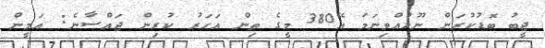
ޖީބު ބޮޑުކުރަން ނޫޅުއްވިނަމަ އޭ380 މީގެ ތިން އަހަރު ކުރިން ޖައްސާނެ: އަމީން